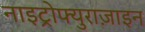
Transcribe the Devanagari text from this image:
नाइट्रोफ्युराज़ाइन